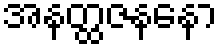
အနတ္ထဇနနော